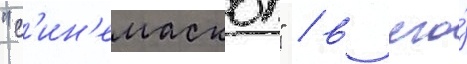
"с'ин'емаскоп" / в его́